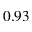
0 . 9 3